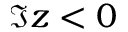
\Im z < 0